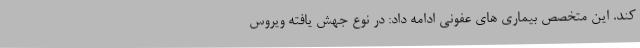
کند. این متخصص بیماری های عفونی ادامه داد: در نوع جهش یافته ویروس